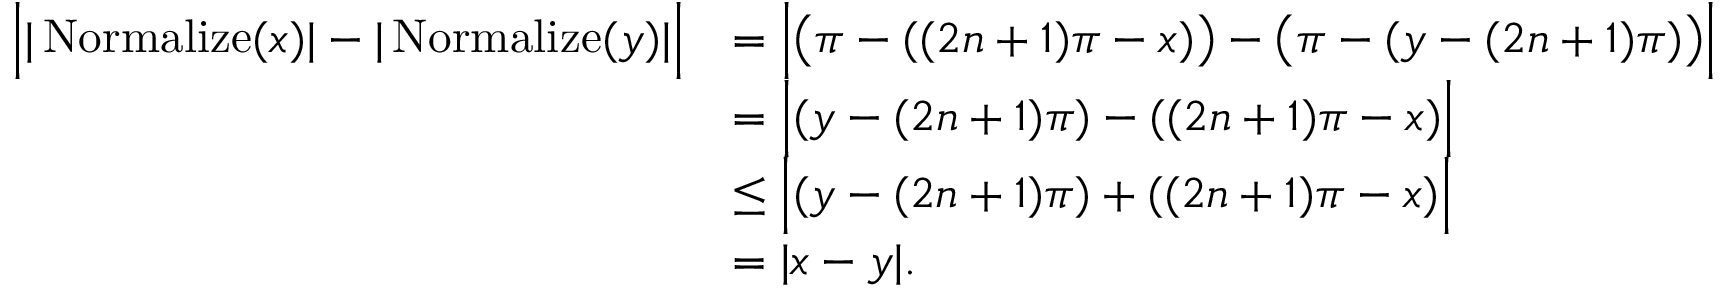
\begin{array} { r l } { \Big | | \operatorname { N o r m a l i z e } ( x ) | - | \operatorname { N o r m a l i z e } ( y ) | \Big | } & { = \Big | \big ( \pi - ( ( 2 n + 1 ) \pi - x ) \big ) - \big ( \pi - ( y - ( 2 n + 1 ) \pi ) \big ) \Big | } \\ & { = \Big | ( y - ( 2 n + 1 ) \pi ) - ( ( 2 n + 1 ) \pi - x ) \Big | } \\ & { \leq \Big | ( y - ( 2 n + 1 ) \pi ) + ( ( 2 n + 1 ) \pi - x ) \Big | } \\ & { = | x - y | . } \end{array}